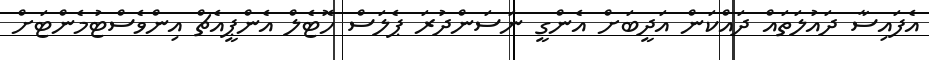
އެފައިސާ ދައުލަތައް ދައްކަން އަދީބަށް އެންގީ ނަސަންދުރަ ޕެލަސް ހޮޓެލް އެންޕީއެޗް އިންވެސްޓުމެންޓަށް